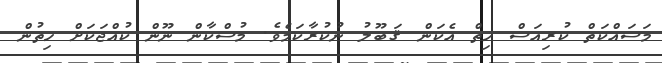
މަސައްކަތް ކުރިއަސް ހިތް އެކަން ޤަބޫލު ނުކުރާކަމެވެ. މުސްކާން ނޫން ކުއްޖަކަށް ހިތުން